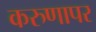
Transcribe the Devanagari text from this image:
करुणापर